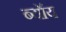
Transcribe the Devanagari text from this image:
ब्यॉय